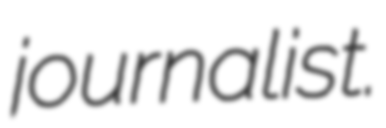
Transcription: journalist.